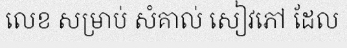
លេខ សម្រាប់ សំគាល់ សៀវភៅ ដែល